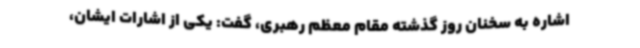
اشاره به سخنان روز گذشته مقام معظم رهبری، گفت: یکی از اشارات ایشان،